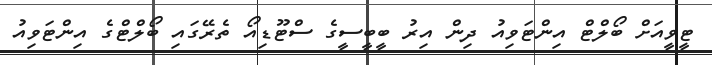
ޓީވީއަށް ބޯލްޓް އިންޓަވިއު ދިން އިރު ބީބީސީގެ ސްޓޫޑިއޯ ތެރޭގައި ބޯލްޓްގެ އިންޓަވިއު